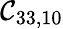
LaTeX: \mathcal{C}_{33,10}